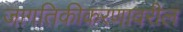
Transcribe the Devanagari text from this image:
जागतिकीकरणावरील